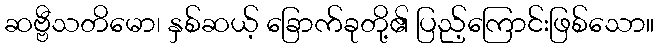
ဆဗ္ဗီသတိမော၊ နှစ်ဆယ့် ခြောက်ခုတို့၏ ပြည့်ကြောင်းဖြစ်သော။